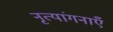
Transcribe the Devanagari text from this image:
नृत्यांगनाएँ